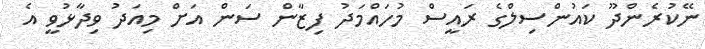
ނޭކުރެންދޫ ކައުންސިލްގެ ރައީސް މުހައްމަދު ފިޒާން ސަން އަށް މިއަދު ވިދާޅުވީ އެ